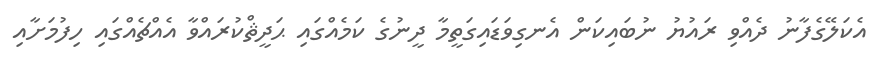
އެކަލޭގެފާނު ދެއްވި ރައުޔު ނުބައިކަން އެނގިވަޑައިގަތީމާ ދީނުގެ ކަމެއްގައި ޙަދީޘްކުރައްވާ އެއްޗެއްގައި ހިފުމަށާއި